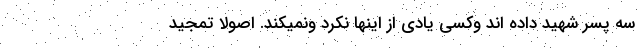
سه پسر شهید داده اند وکسی یادی از اینها نکرد ونمیکند. اصولا تمجید